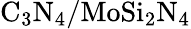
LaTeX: \mathrm{C_{3}N_{4}/MoSi_{2}N_{4}}